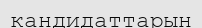
кандидаттарын